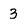
Character: 3